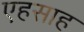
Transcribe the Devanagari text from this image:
एहसाह